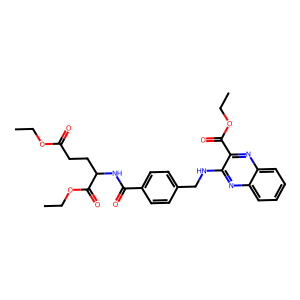
SMILES: CCOC(=O)CCC(NC(=O)c1ccc(CNc2nc3ccccc3nc2C(=O)OCC)cc1)C(=O)OCC
Inhibits HIV replication: No